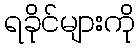
ရခိုင်များကို